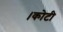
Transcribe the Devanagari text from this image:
।कोटी